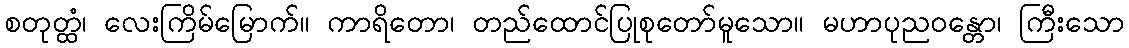
စတုတ္ထံ၊ လေးကြိမ်မြောက်။ ကာရိတော၊ တည်ထောင်ပြုစုတော်မူသော။ မဟာပုညဝန္တော၊ ကြီးသော